Medical and sanitary report of the native army of Bengal for the year
Year: 1875
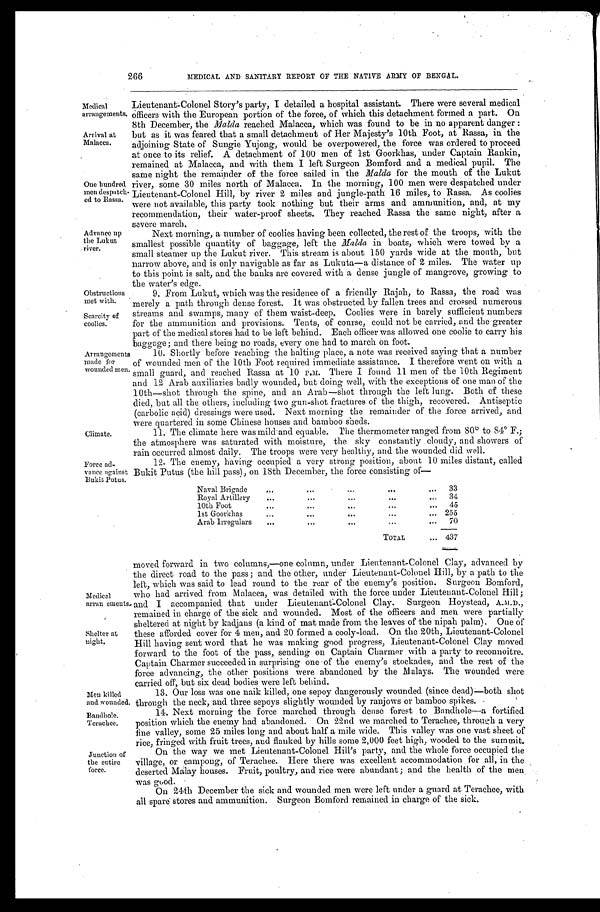
Medical
arrangements.
Arrival at
Malacca.
One hundred
men despat
c h - e d t o R a s s a .
Advance up
the Lukut
river.——
Obstructions met with.
Scarcity of
coolies.
Climate.
Force ad
-vance against D. .
Baudhole. Terachee.
Junction of
the entire
force.
266
MEDICAL AND SANITARY REPORT OF THE NATIVE ARMY OF BENGAL.
Lieutenant-Colonel Story's party, I detailed a hospital assistant. There were several medical
officers with the European portion of the force, of which this detachment formed a part. On
8th December, the Malda reached Malacca, which was found to be in no apparent danger:
but as it was feared that a small detachment of Her Majesty's 10th Foot, at Rassa, in the
adjoining State of Sungie Yujong, would be overpowered, the force was ordered to proceed
at once to its relief. A detachment of 100 men of 1st Goorkhas, under Captain Rankin,
remained at Malacca, and with them I left Surgeon Bomford and a medical pupil. The
same night the remainder of the force sailed in the Malda for the mouth of the Lukut
river, some 30 miles north of Malacca. In the morning, 100 men were despatched under
Lieutenant-Colonel Hill, by river 2 miles and jungle-path 16 miles, to Rassa. As coolies
were not available, this party took nothing but their arms and ammunition, and, at my
recommendation, their water-proof sheets. They reached Rassa the same night, after a
severe march.
Next morning, a number of coolies having been collected, the rest of the troops, with the
smallest possible quantity of baggage, left the Malda in boats, which were towed by a
small steamer up the Lukut river. This stream is about 150 yards wide at the month, but
narrow above, and is only navigable as far as Lukuta—a distance of 2 miles. The water up
to this point is salt, and the banks are covered with a dense jungle of mangrove, growing to
the water's edge.
9. From Lukut, which was the residence of a friendly Rajah, to Rassa, the road was
merely a path through dense forest. It was obstructed by fallen trees and crossed numerous
streams and swamps, many of them waist-deep. Coolies were in barely sufficient numbers
for the ammunition and provisions. Tents, of course, could not be carried, and the greater
part of the medical stores had to be left behind. Each officer was allowed one coolie to carry his
baggage; and there being no roads, every one had to march on foot.
Arrangements 10. Shortly before reaching the halting place, a note was received saying that a number
made for of wounded men of the 10th Foot required immediate assistance. I therefore went on with a
wounded men. smal l guar d, and r eached Rassa at 10 P. M. Ther e I f ound 11 men of t he 10t h Regi ment
and 12 Arab auxiliaries badly wounded, but doing well, with the exceptions of one man of the
10th—shot through the spine, and an Arab—shot through the left lung. Both of these
died, but all the others, including two gun-shot fractures of the thigh, recovered. Antiseptic
(carbolic acid) dressings were used. Next morning the remainder of the .force arrived, and
were quartered in some Chinese houses and bamboo sheds.
11. The climate here was mild and equable. The thermometer ranged from 80 0 to 840 F.;
the atmosphere was saturated with moisture, the sky constantly cloudy, and showers of
rain occurred almost daily. The troops were very healthy, and the wounded did well.
12. The enemy, having occupied a very strong position, about 10 miles distant, called
Bukit Putus (the hill pass), on 18th December, the force consisting of
Naval Brigade
33
Royal Artillery
•
34
10th Foot
45
1st Goorkhas
255
Arab Irregulars
70
TOTAL
437
moved forward in two columns,—one column, under Lieutenant-Colonel Clay, advanced by
the direct road to the pass; and the other, under Lieutenant-Colonel Hill, by a path to the
left, which was said to lead round to the rear of the enemy's position. Surgeon Bomford,
Medical who had arrived from Malacca, was detailed with the force under Lieutenant-Colonel Hill;
arran ements. and I accompanied that under Lieutenant.-Colonel Clay. Surgeon Hoystead,
remained in charge of the sick and wounded. Most of the officers and men were partially
sheltered at night by kadjans (a kind of mat made from the leaves of the nipah palm). One of
Shelter at these afforded cover for 4 men, and 20 formed a cooly-load. On the 20th, Lieutenant-Colonel
night. Hill having sent word that he was making good progress, Lieutenant-Colonel Clay moved
forward to the foot of the pass, sending on Captain Charmer with a party to reconnoitre.
Captain Charmer succeeded in surprising one -of the enemy's stockades, and the rest of the
force advancing, the other positions were abandoned by the Ai alays. The wounded were
carried off, but six dead bodies were left behind.
Men killed13. Our loss was one naik killed, one sepoy dangerously wounded (since dead)—both shot
and wounded. through the neck, and three sepoys slightly wounded by ranjows or bamboo spikes.
14. Next morning the force marched through dense forest to Bandhole—a fortified
position which the enemy had abandoned. On 22nd we marched to Terachee, through a very
line valley, some 25 miles long and about half a mile wide. This valley was one vast sheet of
rice, fringed with fruit trees, and flanked by hills some 2,000 feet high, wooded to the summit.
On the way we met Lieutenant-Colonel Hill's party, and the whole force occupied the
village, or campong, of Terachee. Here there was excellent accommodation for all, in the
d e s e r t e d 1 M a l a y h o u s e s . F r u i t , p o u l t r y , a n d r i c e w e r e a b u n d a n t ; a n d t h e h e a l t h o f t h e m e n .
was good.
On 24th December the sick and wounded men were left under a guard at Terachee, with
all spare stores and ammunition. Surgeon Bomford remained in charge of the sick.